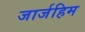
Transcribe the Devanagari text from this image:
जार्जहिम